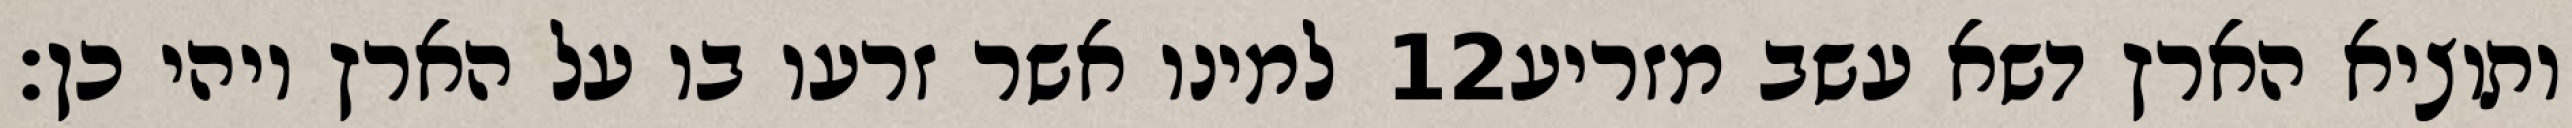
למינו אשר זרעו בו על הארץ ויהי כן׃ ‎12‏ ותוציא הארץ דשא עשב מזריע